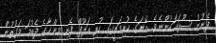
ފެނުނު ސޫރައަކުންނެވެ. އޭނަގެ ކުރިމަތީގައި ހުރި އަލޫފް ފެނި މިންހާގެ ދެބުމަ ވަގުތުން